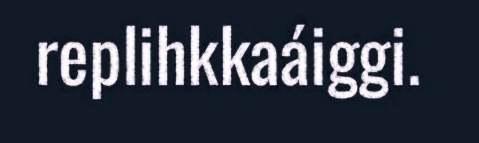
replihkkaáiggi.